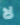
لا